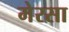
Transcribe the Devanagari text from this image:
मेरसा